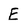
Character: E